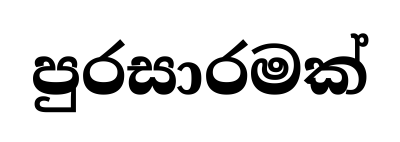
පුරසාරමක්